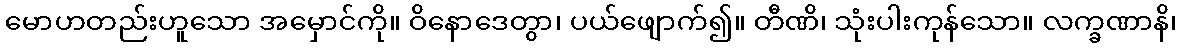
မောဟတည်းဟူသော အမှောင်ကို။ ဝိနောဒေတွာ၊ ပယ်ဖျောက်၍။ တီဏိ၊ သုံးပါးကုန်သော။ လက္ခဏာနိ၊